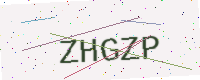
Text: ZHGZP